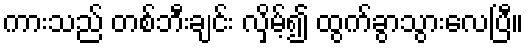
ကားသည် တစ်ဘီးချင်း လှိမ့်၍ ထွက်ခွာသွားလေပြီ။